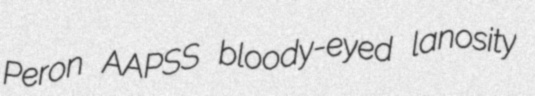
Peron AAPSS bloody-eyed lanosity